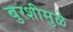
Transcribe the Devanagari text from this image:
बुरशीमुळे